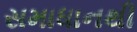
સમાધાનથી